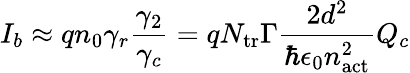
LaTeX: I_{b}\approx qn_{0}\gamma_{r}\frac{\gamma_{2}}{\gamma_{c}}=qN_{\mathrm{tr}}\Gamma\frac{2d^{2}}{\hbar\epsilon_{0}n_{\mathrm{act}}^{2}}Q_{c}